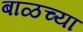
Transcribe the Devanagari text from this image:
बाळच्या